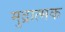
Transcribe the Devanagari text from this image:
मुद्रात्मक